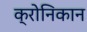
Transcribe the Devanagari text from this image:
क्रोनिकान